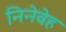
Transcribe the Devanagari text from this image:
निनेवेह